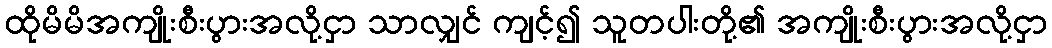
ထိုမိမိအကျိုးစီးပွားအလို့ငှာ သာလျှင် ကျင့်၍ သူတပါးတို့၏ အကျိုးစီးပွားအလို့ငှာ